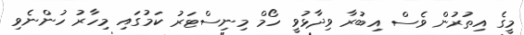
މީގެ އިތުރުން ވެސް އިބުރާ ވިދާޅުވީ ހޯމް މިނިސްޓަރު ކަމުގައި މިހާރު ހުންނެވި